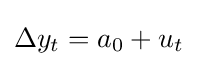
\Delta y_{t}=a_{0}+u_{t}